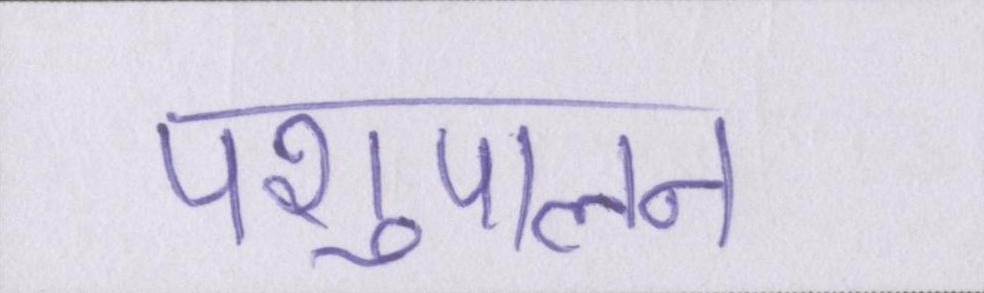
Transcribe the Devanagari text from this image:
पशुपालन